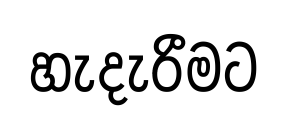
හැදැරීමට